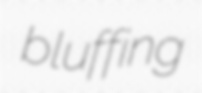
bluffing